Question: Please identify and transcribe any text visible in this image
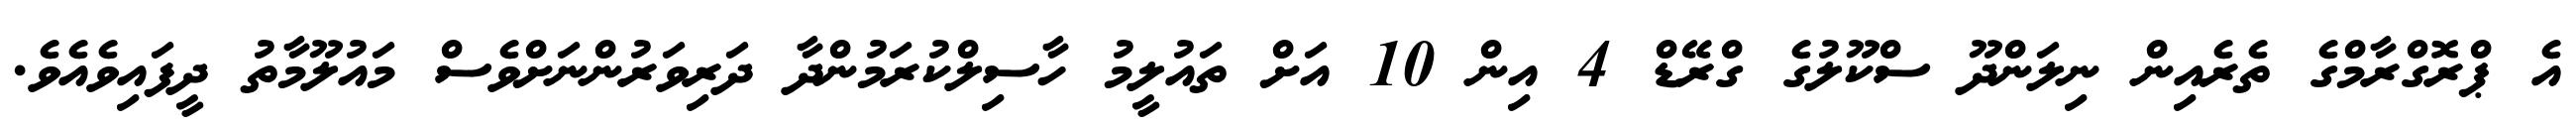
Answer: އެ ޕްރޮގްރާމްގެ ތެރެއިން ނިލަންދޫ ސްކޫލުގެ ގްރޭޑް 4 އިން 10 އަށް ތައުލީމު ހާސިލްކުރަމުންދާ ދަރިވަރުންނަށްވެސް މައުލޫމާތު ދީފައިވެއެވެ.